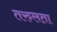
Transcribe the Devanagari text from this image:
तरुलता